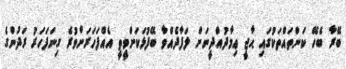
ބޭރާ ބެހޭ ކަންތައްތަކުގައި ޙާޖީ ޢިމާދުއްދީނަށް ލަފާދެއްވާ ބޭފުޅަކަށްވީތީ އެއްފަހަރަށްވުރެ ގިނަފަހަރު ރަދުންގެ